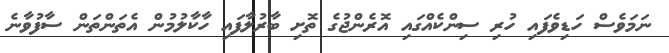
ނަމަވެސް ހަޑިވެފައި ހުރި ސިންކެއްގައި އޮރެންޖުގެ ތޮށި ބާރުލާފައި ހާކާލުމުން އެތަންތަން ސާފުވާނެ